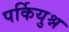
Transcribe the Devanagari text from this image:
पर्कियुश्न